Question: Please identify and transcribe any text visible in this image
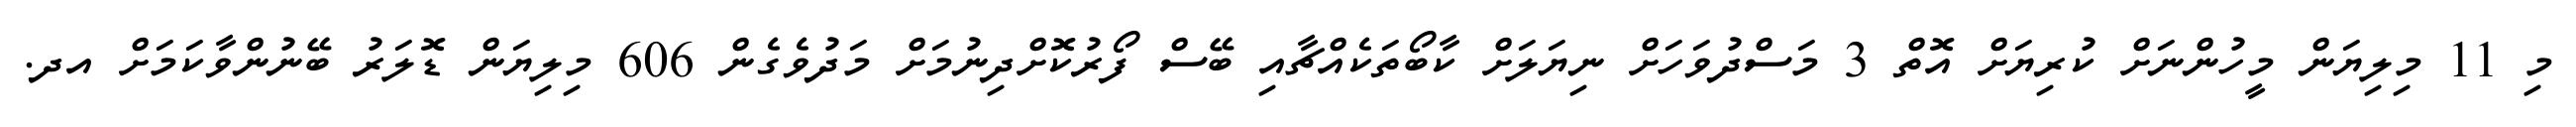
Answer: މި 11 މިލިޔަން މީހުންނަށް ކުރިޔަށް އޮތް 3 މަސްދުވަހަށް ނިޔަލަށް ކާބޯތަކެއްޗާއި ބޭސް ފޯރުކޮށްދިނުމަށް މަދުވެގެން 606 މިލިޔަން ޑޮލަރު ބޭނުންވާކަމަށް އދ.